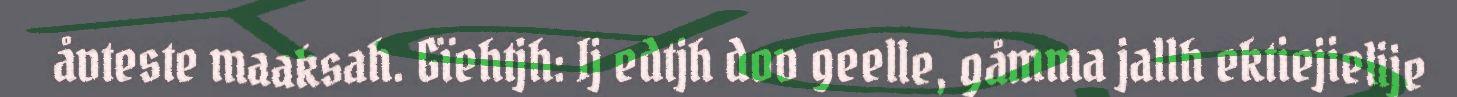
åvteste maaksah. Gïehtjh: Ij edtjh dov geelle, gåmma jallh ektiejielije